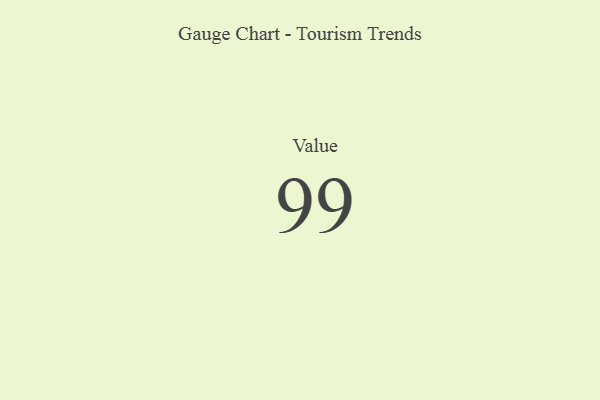
{"axis": {"x": "Metric", "y": "Value"}, "legend": [""], "data": [{"x": "Value", "y": 99, "type": ""}]}